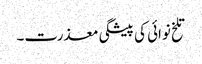
تلخ نوائی کی پیشگی معذرت۔